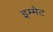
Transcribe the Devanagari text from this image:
इम्मेट